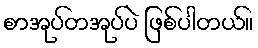
စာအုပ်တအုပ်ပဲ ဖြစ်ပါတယ်။